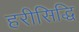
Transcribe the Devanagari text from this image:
हरीसिद्धि